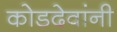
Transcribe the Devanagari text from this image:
कोडदेवांनी